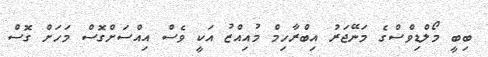
ބިބީ މޯލްޑިވްސްގެ މަނޭޖަރު އިބްރާހިމް މުއިއްޒު އަކީ ވެސް އިއްސަށްގޮސް މަހަށް ގޮސް